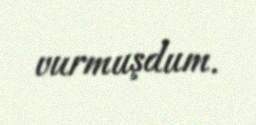
vurmuşdum.